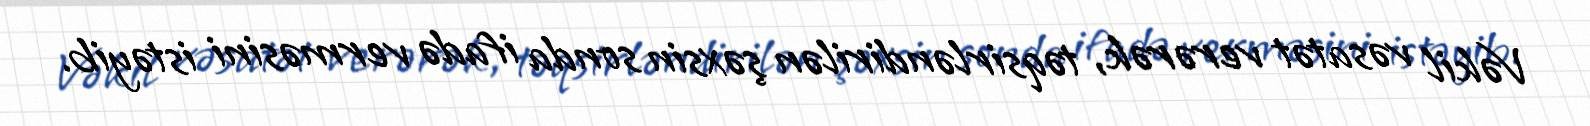
Vəkil vəsatət verərək, təqsirləndirilən şəxsin sonda ifadə verməsini istəyib.